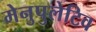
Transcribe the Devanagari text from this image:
मेनुपुलेटिव